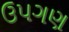
ઉપગણ